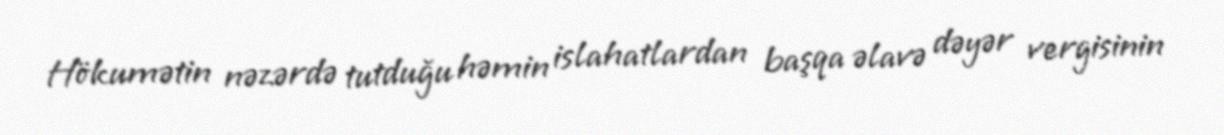
Hökumətin nəzərdə tutduğu həmin islahatlardan başqa əlavə dəyər vergisinin